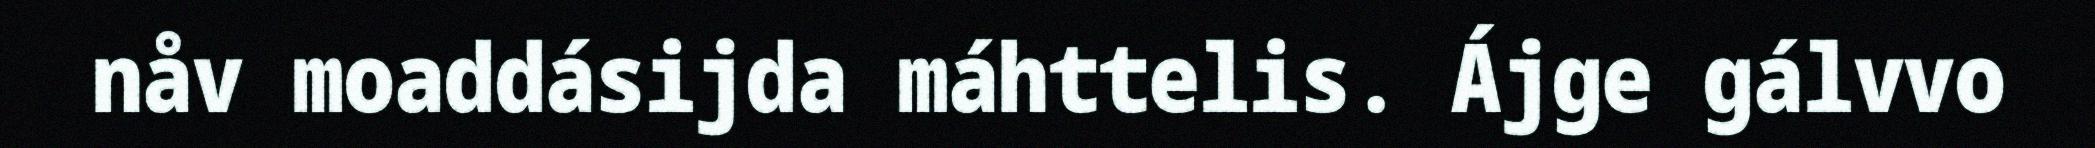
nåv moaddásijda máhttelis. Ájge gálvvo